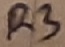
Text: R3